Bréfritari: Ásgeir Ásgeirsson
Viðtakandi: Einar Friðgeirsson
Dagsetning: A-1894-11-28
Skrifað á: Reykjavík  Gull.

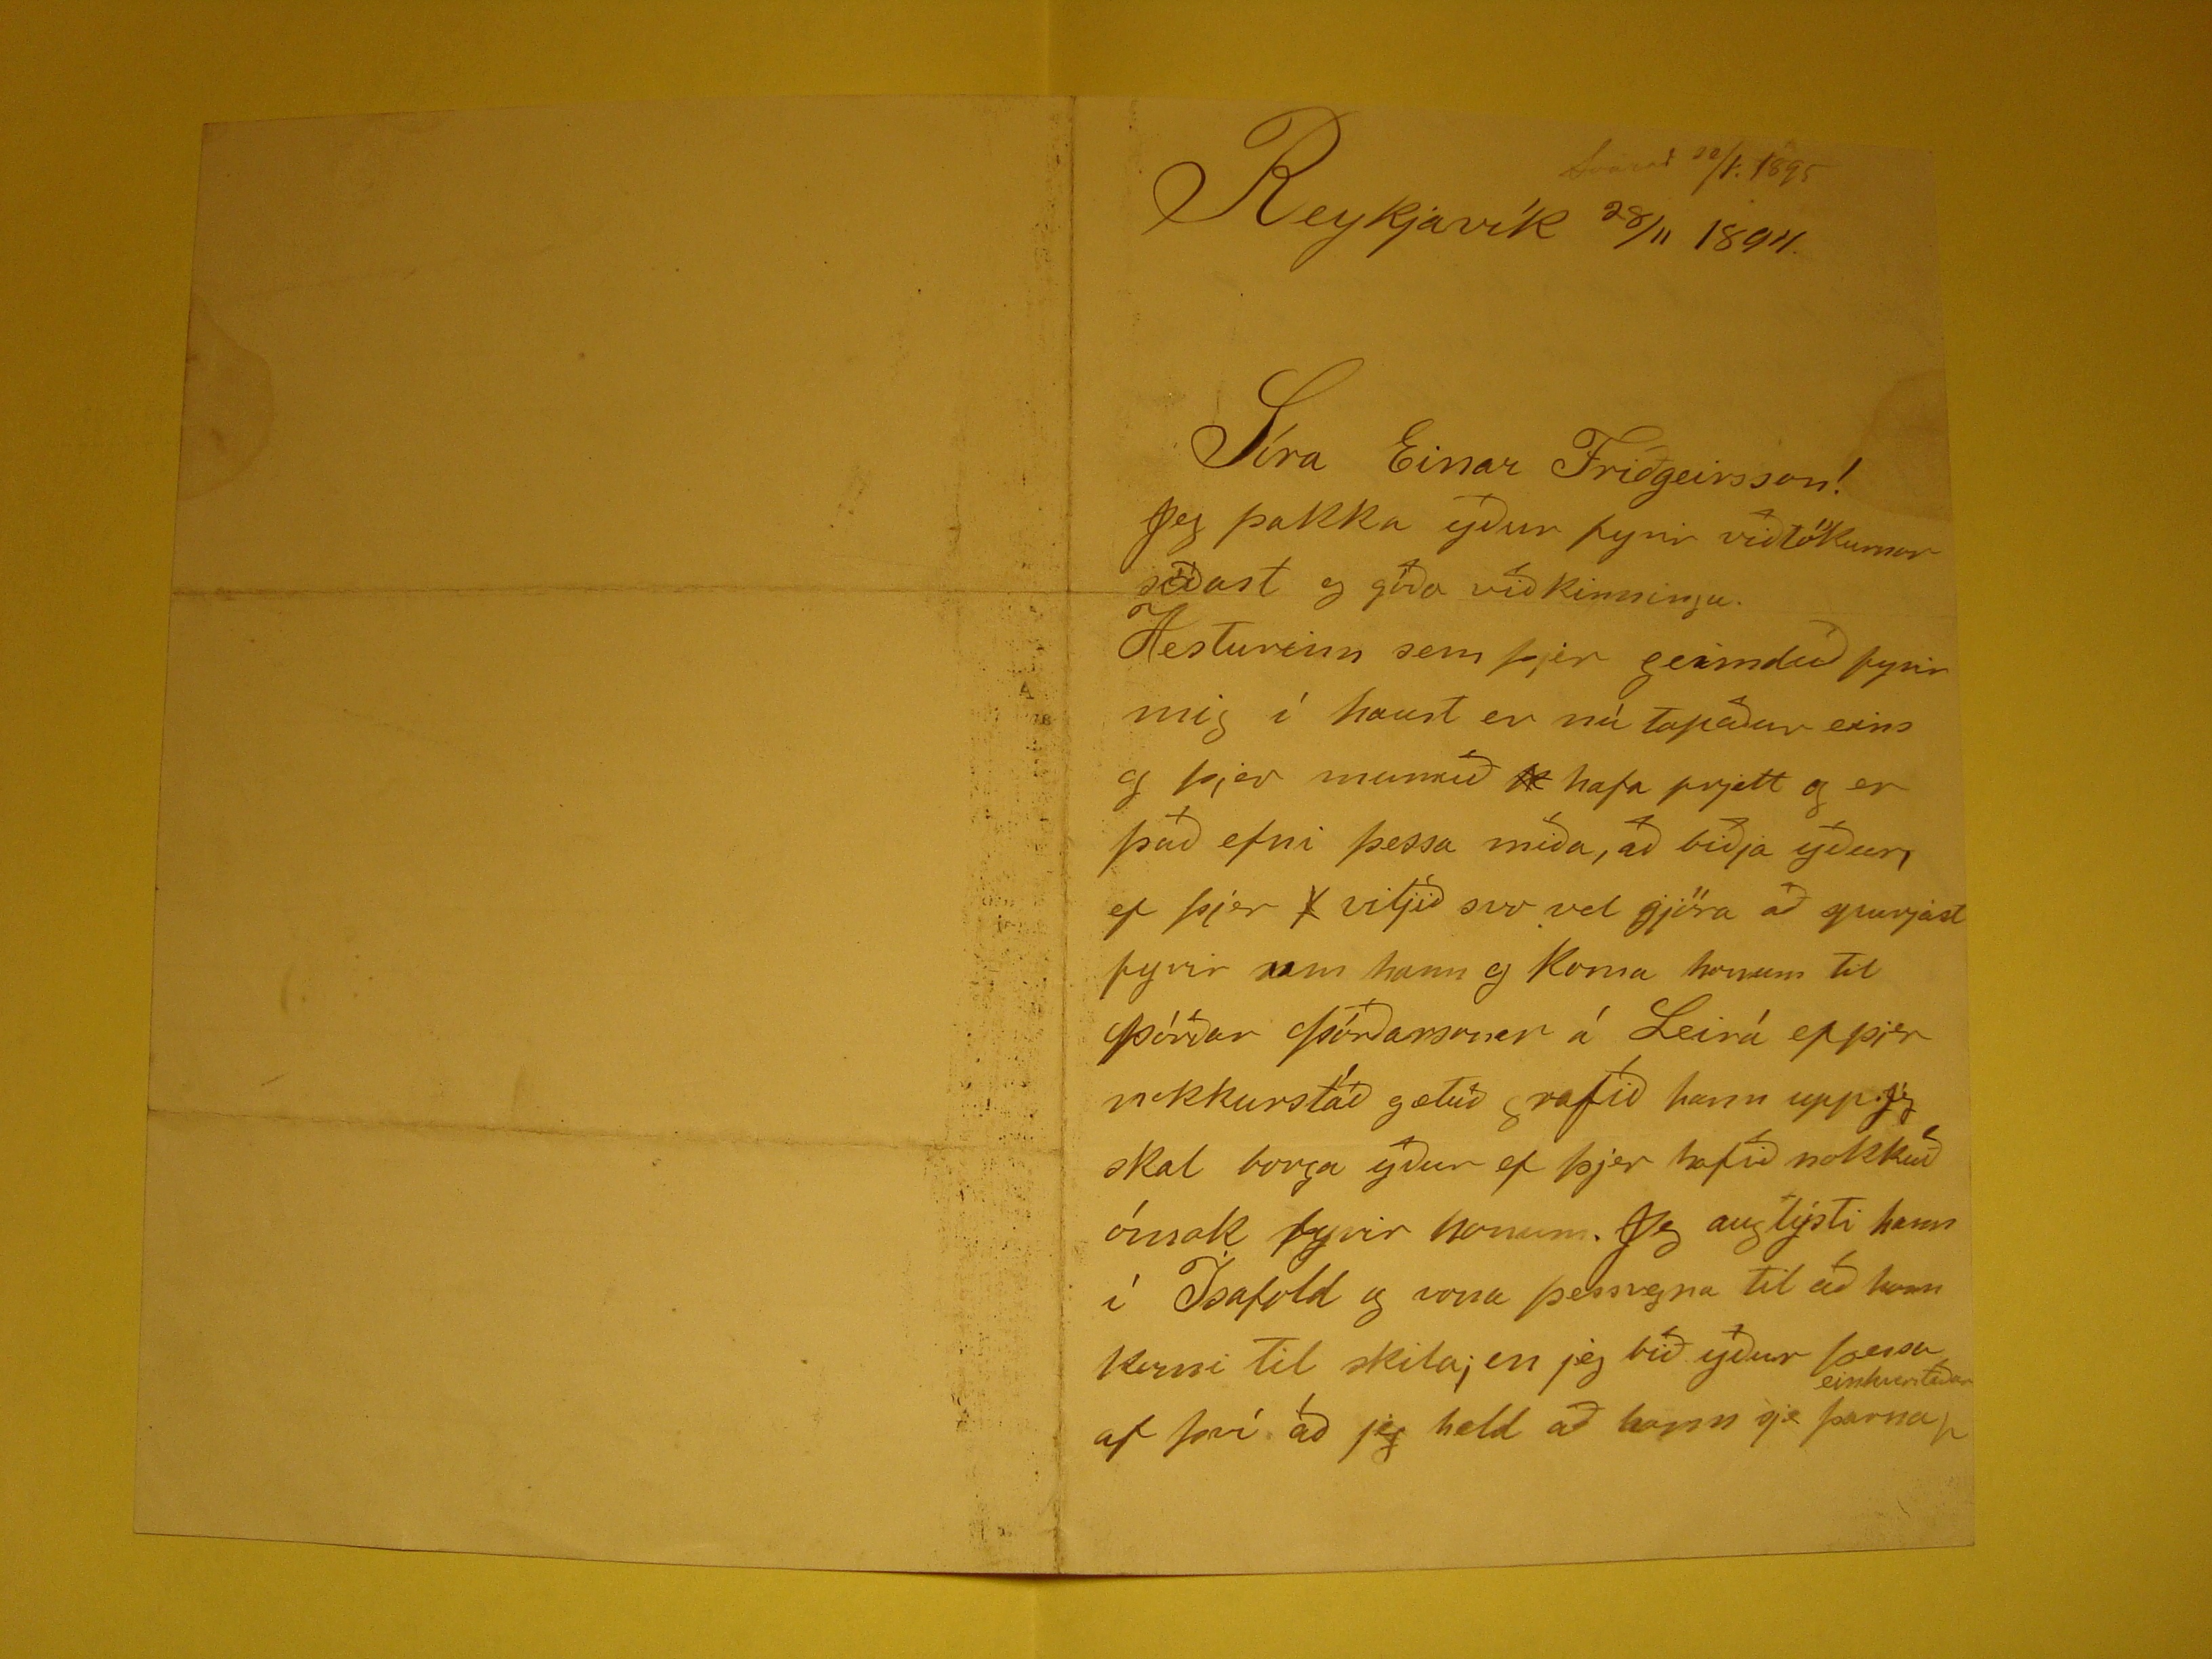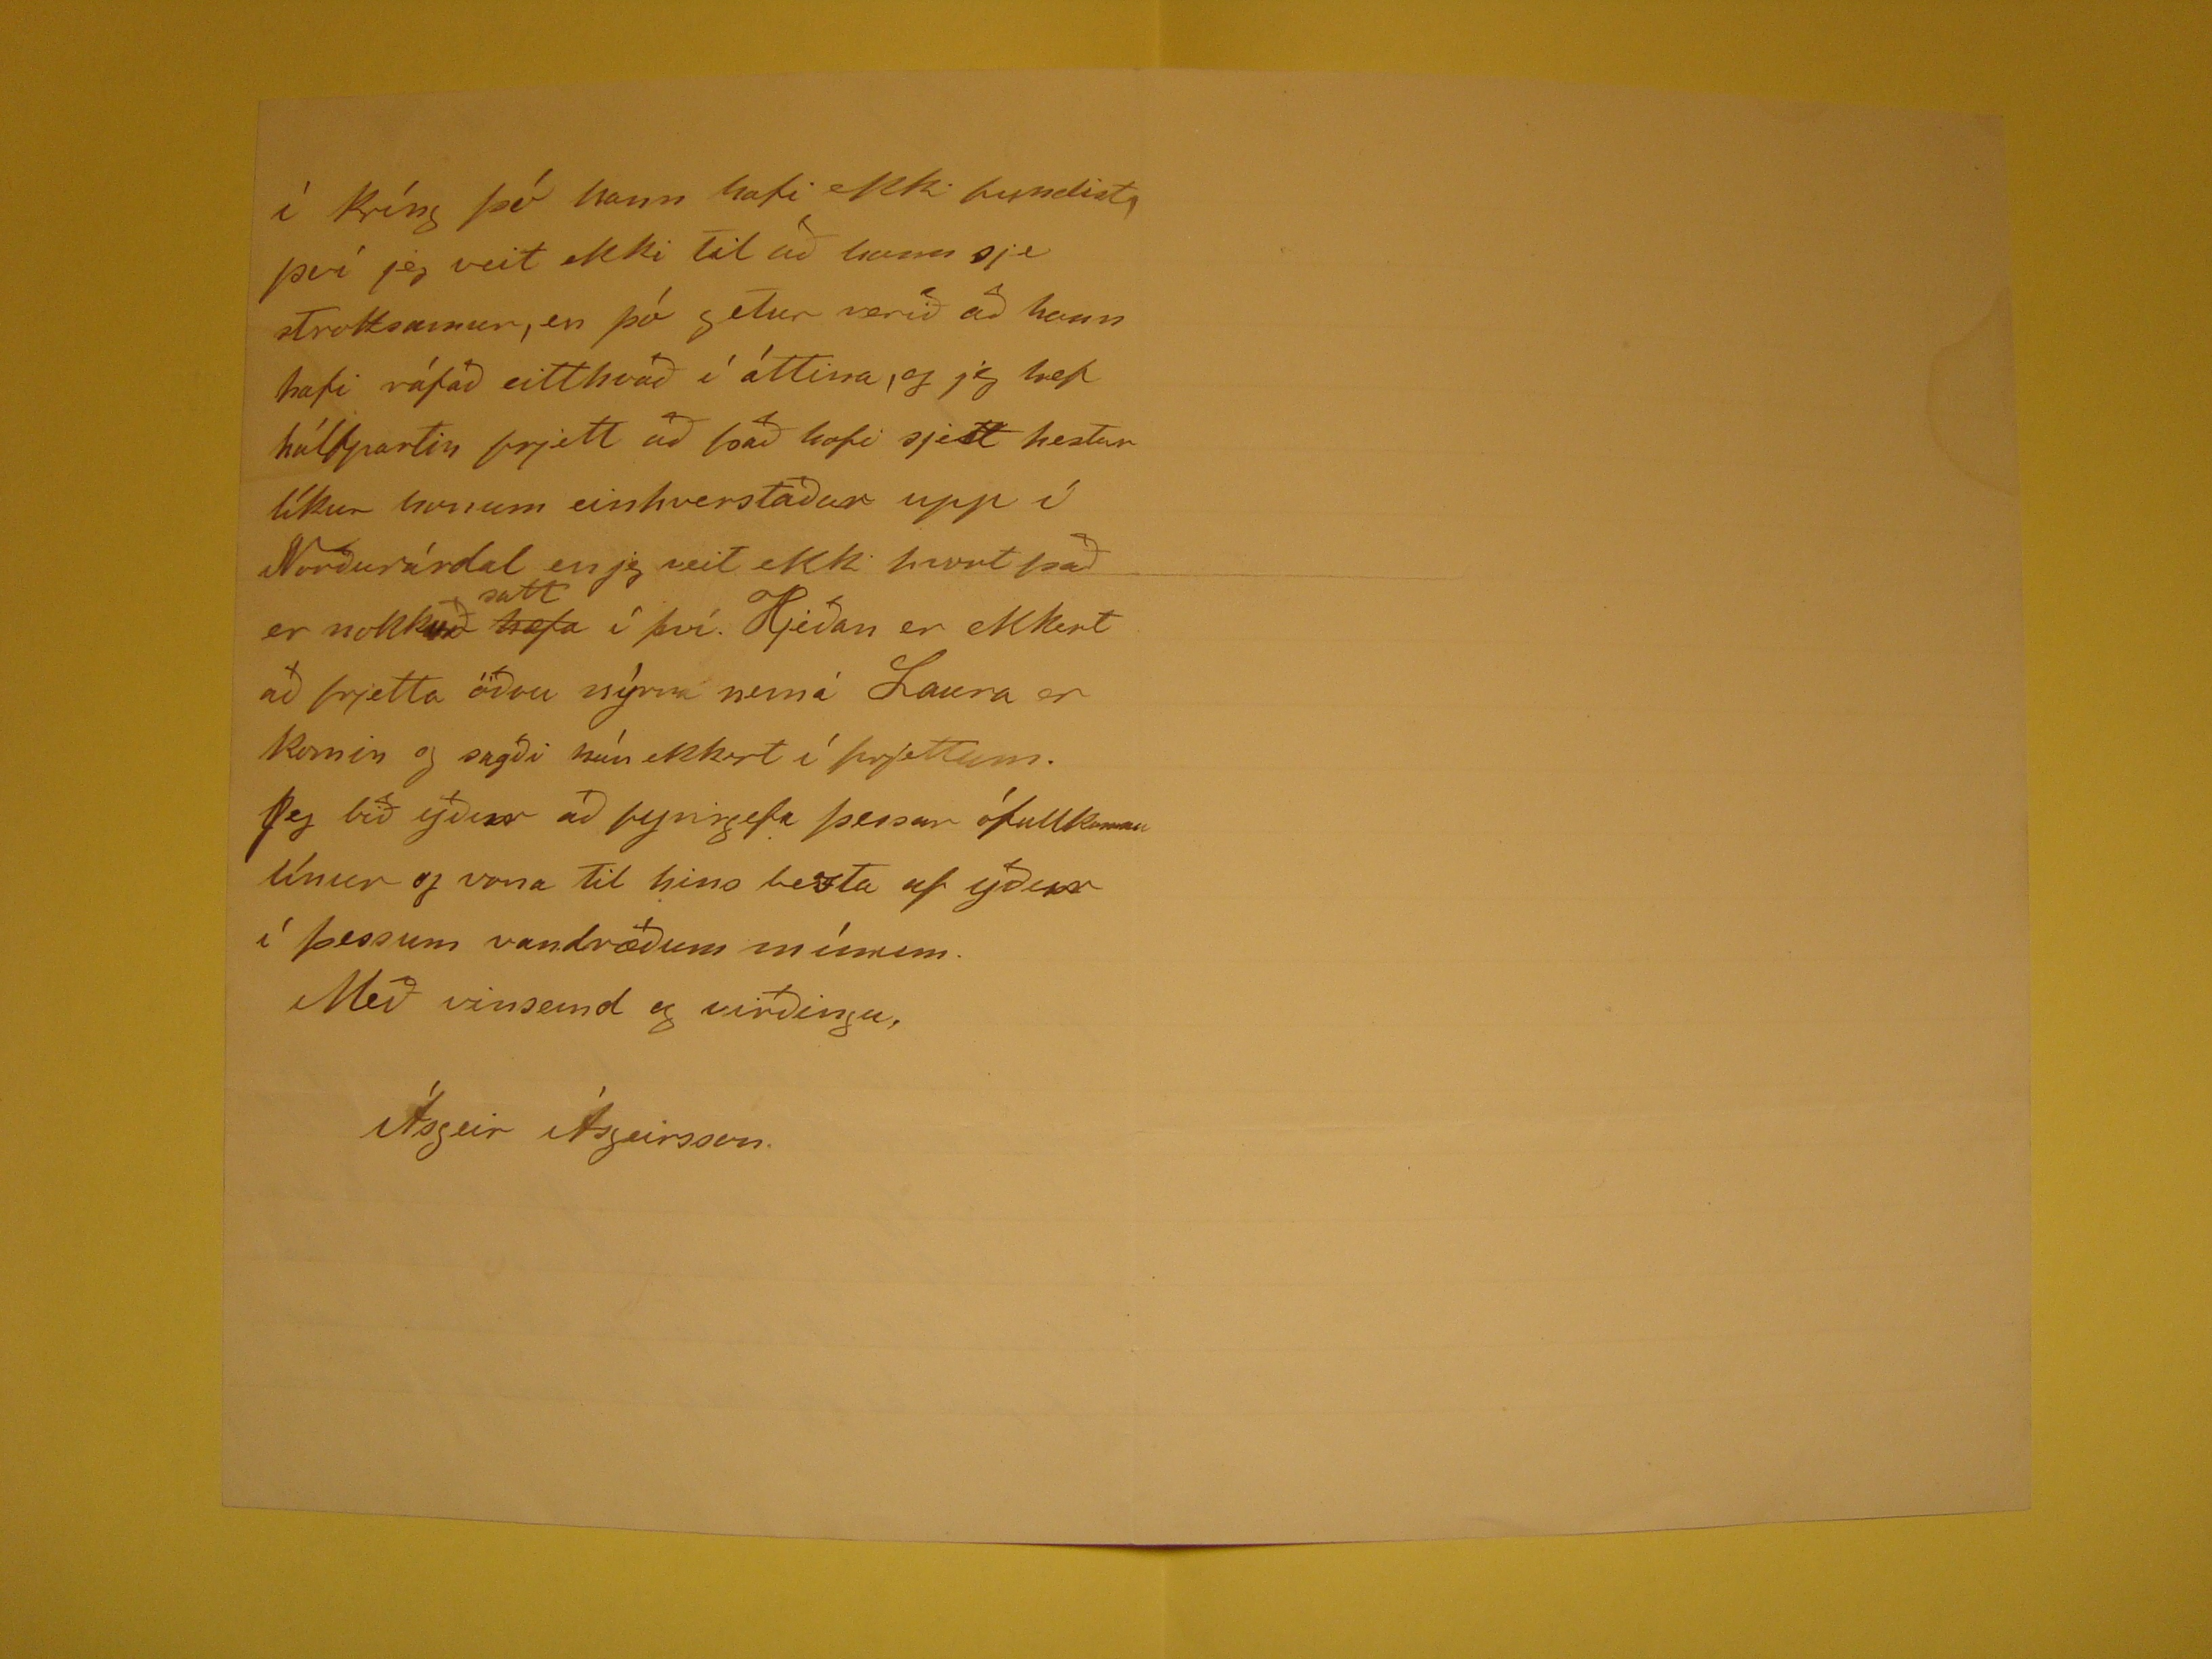

Reykjavík 28/11 1894.
Svarað 20/1 1895
Síra Einar Friðgeirsson!
JEg þakka yður fyrir viðtökurnar síðast og góða viðkinningu. Hesturinn sem þjer geimduð fyrir mig í haust er nú tapaður eins og þjer mamuð
rend="overstrike">h
hafa frjett og er það efni þessa miða, að biðja yður, ef þjer
f
viljið svo vel gjöra að
spurjast fyrir um hann og Koma honum til Þórðar Þórðarsonar á Leirá ef þjer nokkurstaðar gætuð grafið hann upp. Jeg skal borga yður ef þjer hafið nokkuð ómak
fyrir honum. Jeg auglýsti hann í Ísafold og vona þessvegna til að hann komi til skila; en jeg bið yður þessa af því að jeg held að hann sje þarna
place="supralinear">einhverstaðar
í Kríng þó hann hafi ekki fundist, því jeg veit ekki til að hann sje
strok??nur
, en þó getur verið að hann hafi ráfað eitthvað í áttina, og jeg
hef hálfpartin frjett að það hafi sjest hestur líkur honum einhverstaðar upp í Norðurárdal en jeg veit ekki hvort það er nokkuð
hæfa
satt
í því. Hjeðan er ekkert að frjetta öðru nýrra nemá Laura er komin og sagði hún ekkert í frjettum.
Jeg bið yður að fyrirgefa þessar ófullkomnu línur og vona til hins besta af yður í þessum vandræðum mínum.
Með vinsemd og virðingu,
Ásgeir Ásgeirsson